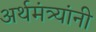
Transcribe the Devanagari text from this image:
अर्थमंत्र्यांनी